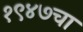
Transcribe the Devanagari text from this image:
१९४७चा